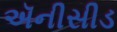
ઍનીસીડ